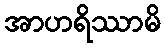
အာဟရိဿာမိ